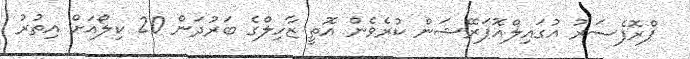
ޕްރޮފެސަރު އުގައިލްއޮޕަރޭޝަން ކުރެވެން އޮތީ ޒާހިލްގެ ބަރުދަން 20 ކިލޯއަށް އިތުރު